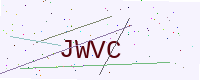
Text: JWVC